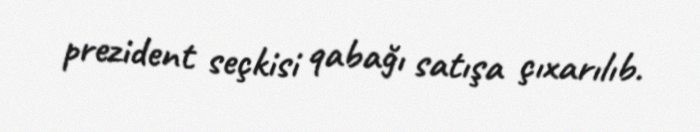
prezident seçkisi qabağı satışa çıxarılıb.